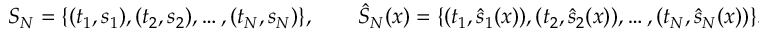
S _ { N } = \{ ( t _ { 1 } , s _ { 1 } ) , ( t _ { 2 } , s _ { 2 } ) , \ldots , ( t _ { N } , s _ { N } ) \} , \qquad \hat { S } _ { N } ( x ) = \{ ( t _ { 1 } , \hat { s } _ { 1 } ( x ) ) , ( t _ { 2 } , \hat { s } _ { 2 } ( x ) ) , \ldots , ( t _ { N } , \hat { s } _ { N } ( x ) ) \} .